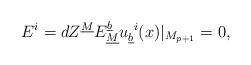
LaTeX: \begin{align*}E^i=dZ^{\underline M}E_{\underline M}^{\underline b}u_{\underline b}^{~i}(x)\vert_{M_{p+1}}=0,\end{align*}